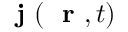
\mathrm { ~ \bf ~ j ~ } ( \mathrm { ~ \bf ~ r ~ } , t )